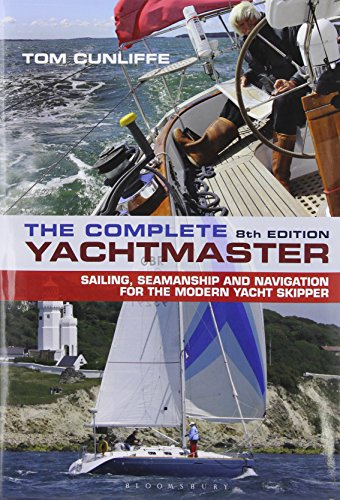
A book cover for The Complete Yachtmaster: Sailing, Seamanship and Navigation for the Modern Yacht Skipper; Tom Cunliffe; Sports & Outdoors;